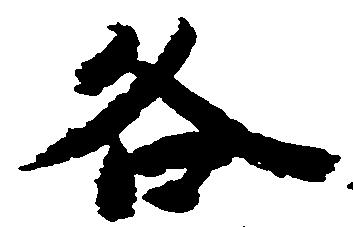
各